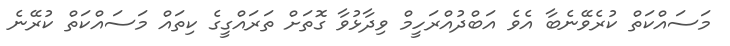
މަސައްކަތް ކުރެވޭނެބާ އެވެ އަބްދުއްރަހީމް ވިދާޅުވާ ގޮތަށް ތަރައްގީގެ ކިތައް މަސައްކަތް ކުރޭނެ